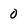
Character: 0